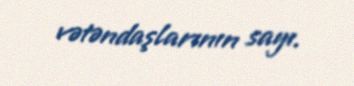
vətəndaşlarının sayı.